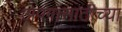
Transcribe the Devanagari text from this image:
अपंगांसाठीच्या